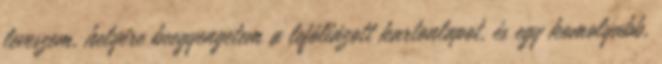
leveszem, helyére beegyengetem a lefóliázott kartonlapot, és egy komolyabb,